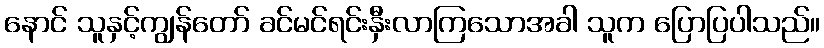
နောင် သူနှင့်ကျွန်တော် ခင်မင်ရင်းနှီးလာကြသောအခါ သူက ပြောပြပါသည်။